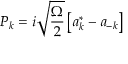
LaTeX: P _ { k } = i \sqrt { \frac \Omega 2 } \left[ a _ { k } ^ { * } - a _ { - k } \right]